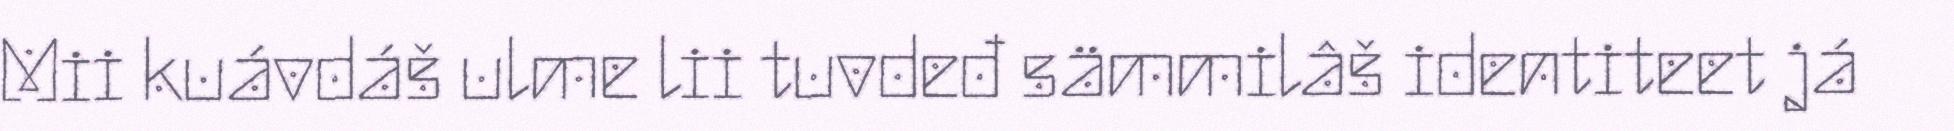
Mii kuávdáš ulme lii tuvdeđ sämmilâš identiteet já